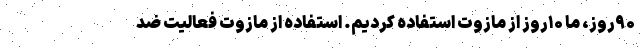
۹۰روز، ما ۱۰روز از مازوت استفاده کردیم. استفاده از مازوت فعالیت ضد